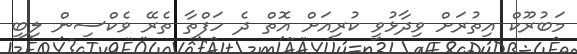
މަބުރޫކް އިތުރަށް ވިދާޅުވީ ކުރިއަށް އޮތް ދެ ހަފްތާ ތެރޭ ވެކްސިން ލިބި